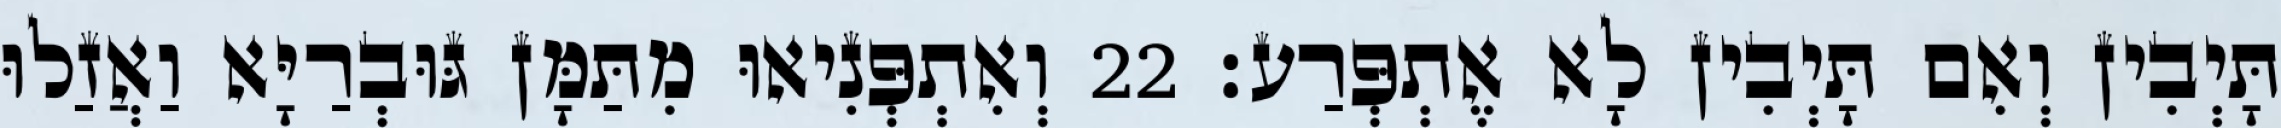
תָּיְבִין וְאִם תָּיְבִין לָא אֶתְפְּרַע׃ 22 וְאִתְפְּנִיאוּ מִתַּמָּן גּוּבְרַיָּא וַאֲזַלוּ